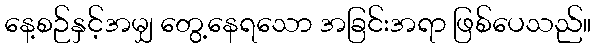
နေ့စဉ်နှင့်အမျှ တွေ့နေရသော အခြင်းအရာ ဖြစ်ပေသည်။